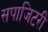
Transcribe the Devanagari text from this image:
सपाजिटरी